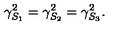
\gamma _ { S _ { 1 } } ^ { 2 } = \gamma _ { S _ { 2 } } ^ { 2 } = \gamma _ { S _ { 3 } } ^ { 2 } .